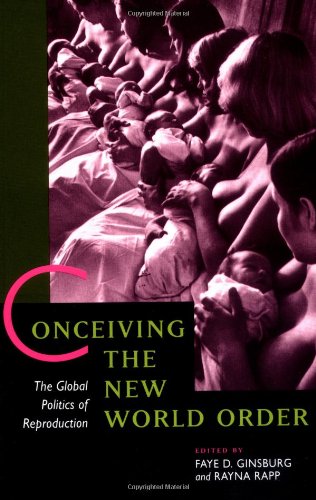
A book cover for Conceiving the New World Order: The Global Politics of Reproduction; Politics & Social Sciences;